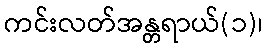
ကင်းလတ်အန္တရာယ်(၁)၊